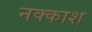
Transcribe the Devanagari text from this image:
नक्‍काश